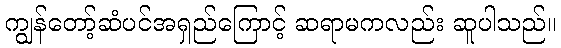
ကျွန်တော့်ဆံပင်အရှည်ကြောင့် ဆရာမကလည်း ဆူပါသည်။